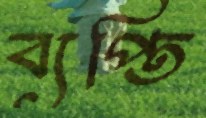
ব্যপ্তি